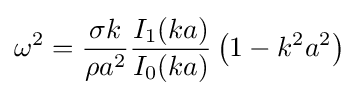
\omega ^{2}={\frac {\sigma k}{\rho a^{2}}}{\frac {I_{1}(ka)}{I_{0}(ka)}}\left(1-k^{2}a^{2}\right)